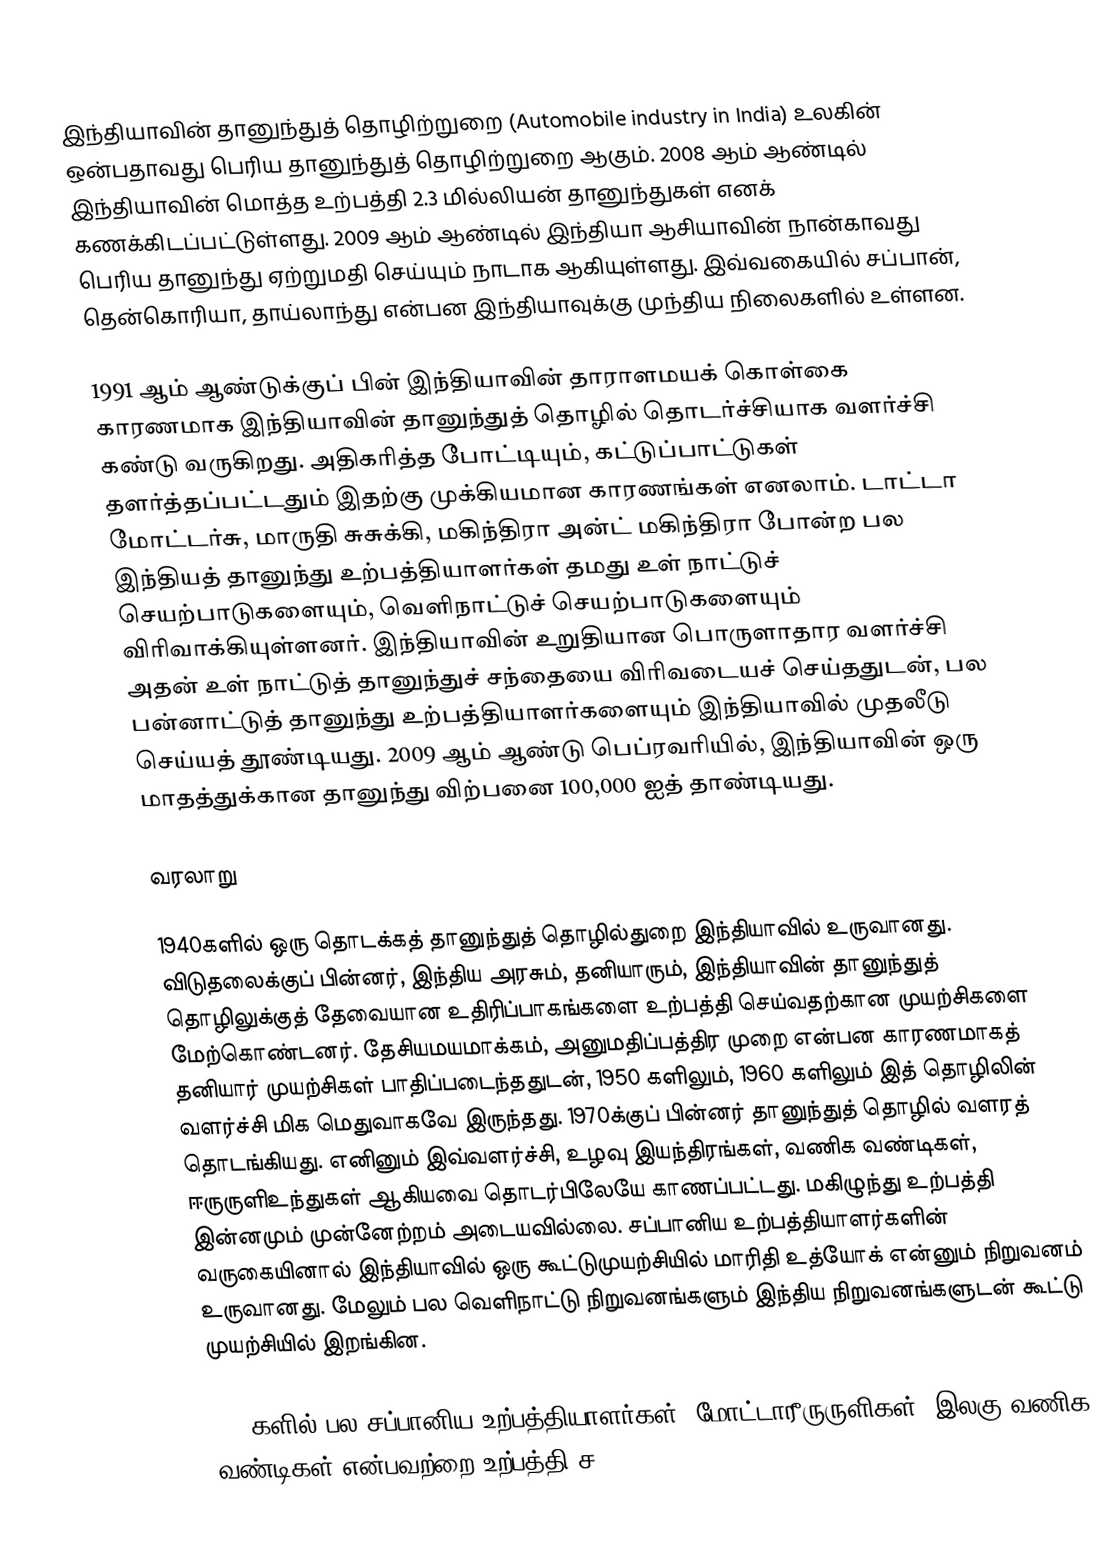
இந்தியாவின் தானுந்துத் தொழிற்றுறை (Automobile industry in India) உலகின் ஒன்பதாவது பெரிய தானுந்துத் தொழிற்றுறை ஆகும். 2008 ஆம் ஆண்டில் இந்தியாவின் மொத்த உற்பத்தி 2.3 மில்லியன் தானுந்துகள் எனக் கணக்கிடப்பட்டுள்ளது. 2009 ஆம் ஆண்டில் இந்தியா ஆசியாவின் நான்காவது பெரிய தானுந்து ஏற்றுமதி செய்யும் நாடாக ஆகியுள்ளது. இவ்வகையில் சப்பான், தென்கொரியா, தாய்லாந்து என்பன இந்தியாவுக்கு முந்திய நிலைகளில் உள்ளன.

1991 ஆம் ஆண்டுக்குப் பின் இந்தியாவின் தாராளமயக் கொள்கை காரணமாக இந்தியாவின் தானுந்துத் தொழில் தொடர்ச்சியாக வளர்ச்சி கண்டு வருகிறது. அதிகரித்த போட்டியும், கட்டுப்பாட்டுகள் தளர்த்தப்பட்டதும் இதற்கு முக்கியமான காரணங்கள் எனலாம். டாட்டா மோட்டர்சு, மாருதி சுசுக்கி, மகிந்திரா அன்ட் மகிந்திரா போன்ற பல இந்தியத் தானுந்து உற்பத்தியாளர்கள் தமது உள் நாட்டுச் செயற்பாடுகளையும், வெளிநாட்டுச் செயற்பாடுகளையும் விரிவாக்கியுள்ளனர். இந்தியாவின் உறுதியான பொருளாதார வளர்ச்சி அதன் உள் நாட்டுத் தானுந்துச் சந்தையை விரிவடையச் செய்ததுடன், பல பன்னாட்டுத் தானுந்து உற்பத்தியாளர்களையும் இந்தியாவில் முதலீடு செய்யத் தூண்டியது. 2009 ஆம் ஆண்டு பெப்ரவரியில், இந்தியாவின் ஒரு மாதத்துக்கான தானுந்து விற்பனை 100,000 ஐத் தாண்டியது.

வரலாறு

1940களில் ஒரு தொடக்கத் தானுந்துத் தொழில்துறை இந்தியாவில் உருவானது. விடுதலைக்குப் பின்னர், இந்திய அரசும், தனியாரும், இந்தியாவின் தானுந்துத் தொழிலுக்குத் தேவையான உதிரிப்பாகங்களை உற்பத்தி செய்வதற்கான முயற்சிகளை மேற்கொண்டனர். தேசியமயமாக்கம், அனுமதிப்பத்திர முறை என்பன காரணமாகத் தனியார் முயற்சிகள் பாதிப்படைந்ததுடன், 1950 களிலும், 1960 களிலும் இத் தொழிலின் வளர்ச்சி மிக மெதுவாகவே இருந்தது. 1970க்குப் பின்னர் தானுந்துத் தொழில் வளரத் தொடங்கியது. எனினும் இவ்வளர்ச்சி, உழவு இயந்திரங்கள், வணிக வண்டிகள், ஈருருளிஉந்துகள் ஆகியவை தொடர்பிலேயே காணப்பட்டது. மகிழுந்து உற்பத்தி இன்னமும் முன்னேற்றம் அடையவில்லை. சப்பானிய உற்பத்தியாளர்களின் வருகையினால் இந்தியாவில் ஒரு கூட்டுமுயற்சியில் மாரிதி உத்யோக் என்னும் நிறுவனம் உருவானது. மேலும் பல வெளிநாட்டு நிறுவனங்களும் இந்திய நிறுவனங்களுடன் கூட்டு முயற்சியில் இறங்கின.

1980களில் பல சப்பானிய உற்பத்தியாளர்கள், மோட்டாரீருருளிகள், இலகு வணிக வண்டிகள் என்பவற்றை உற்பத்தி ச